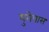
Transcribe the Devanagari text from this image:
युरोपास